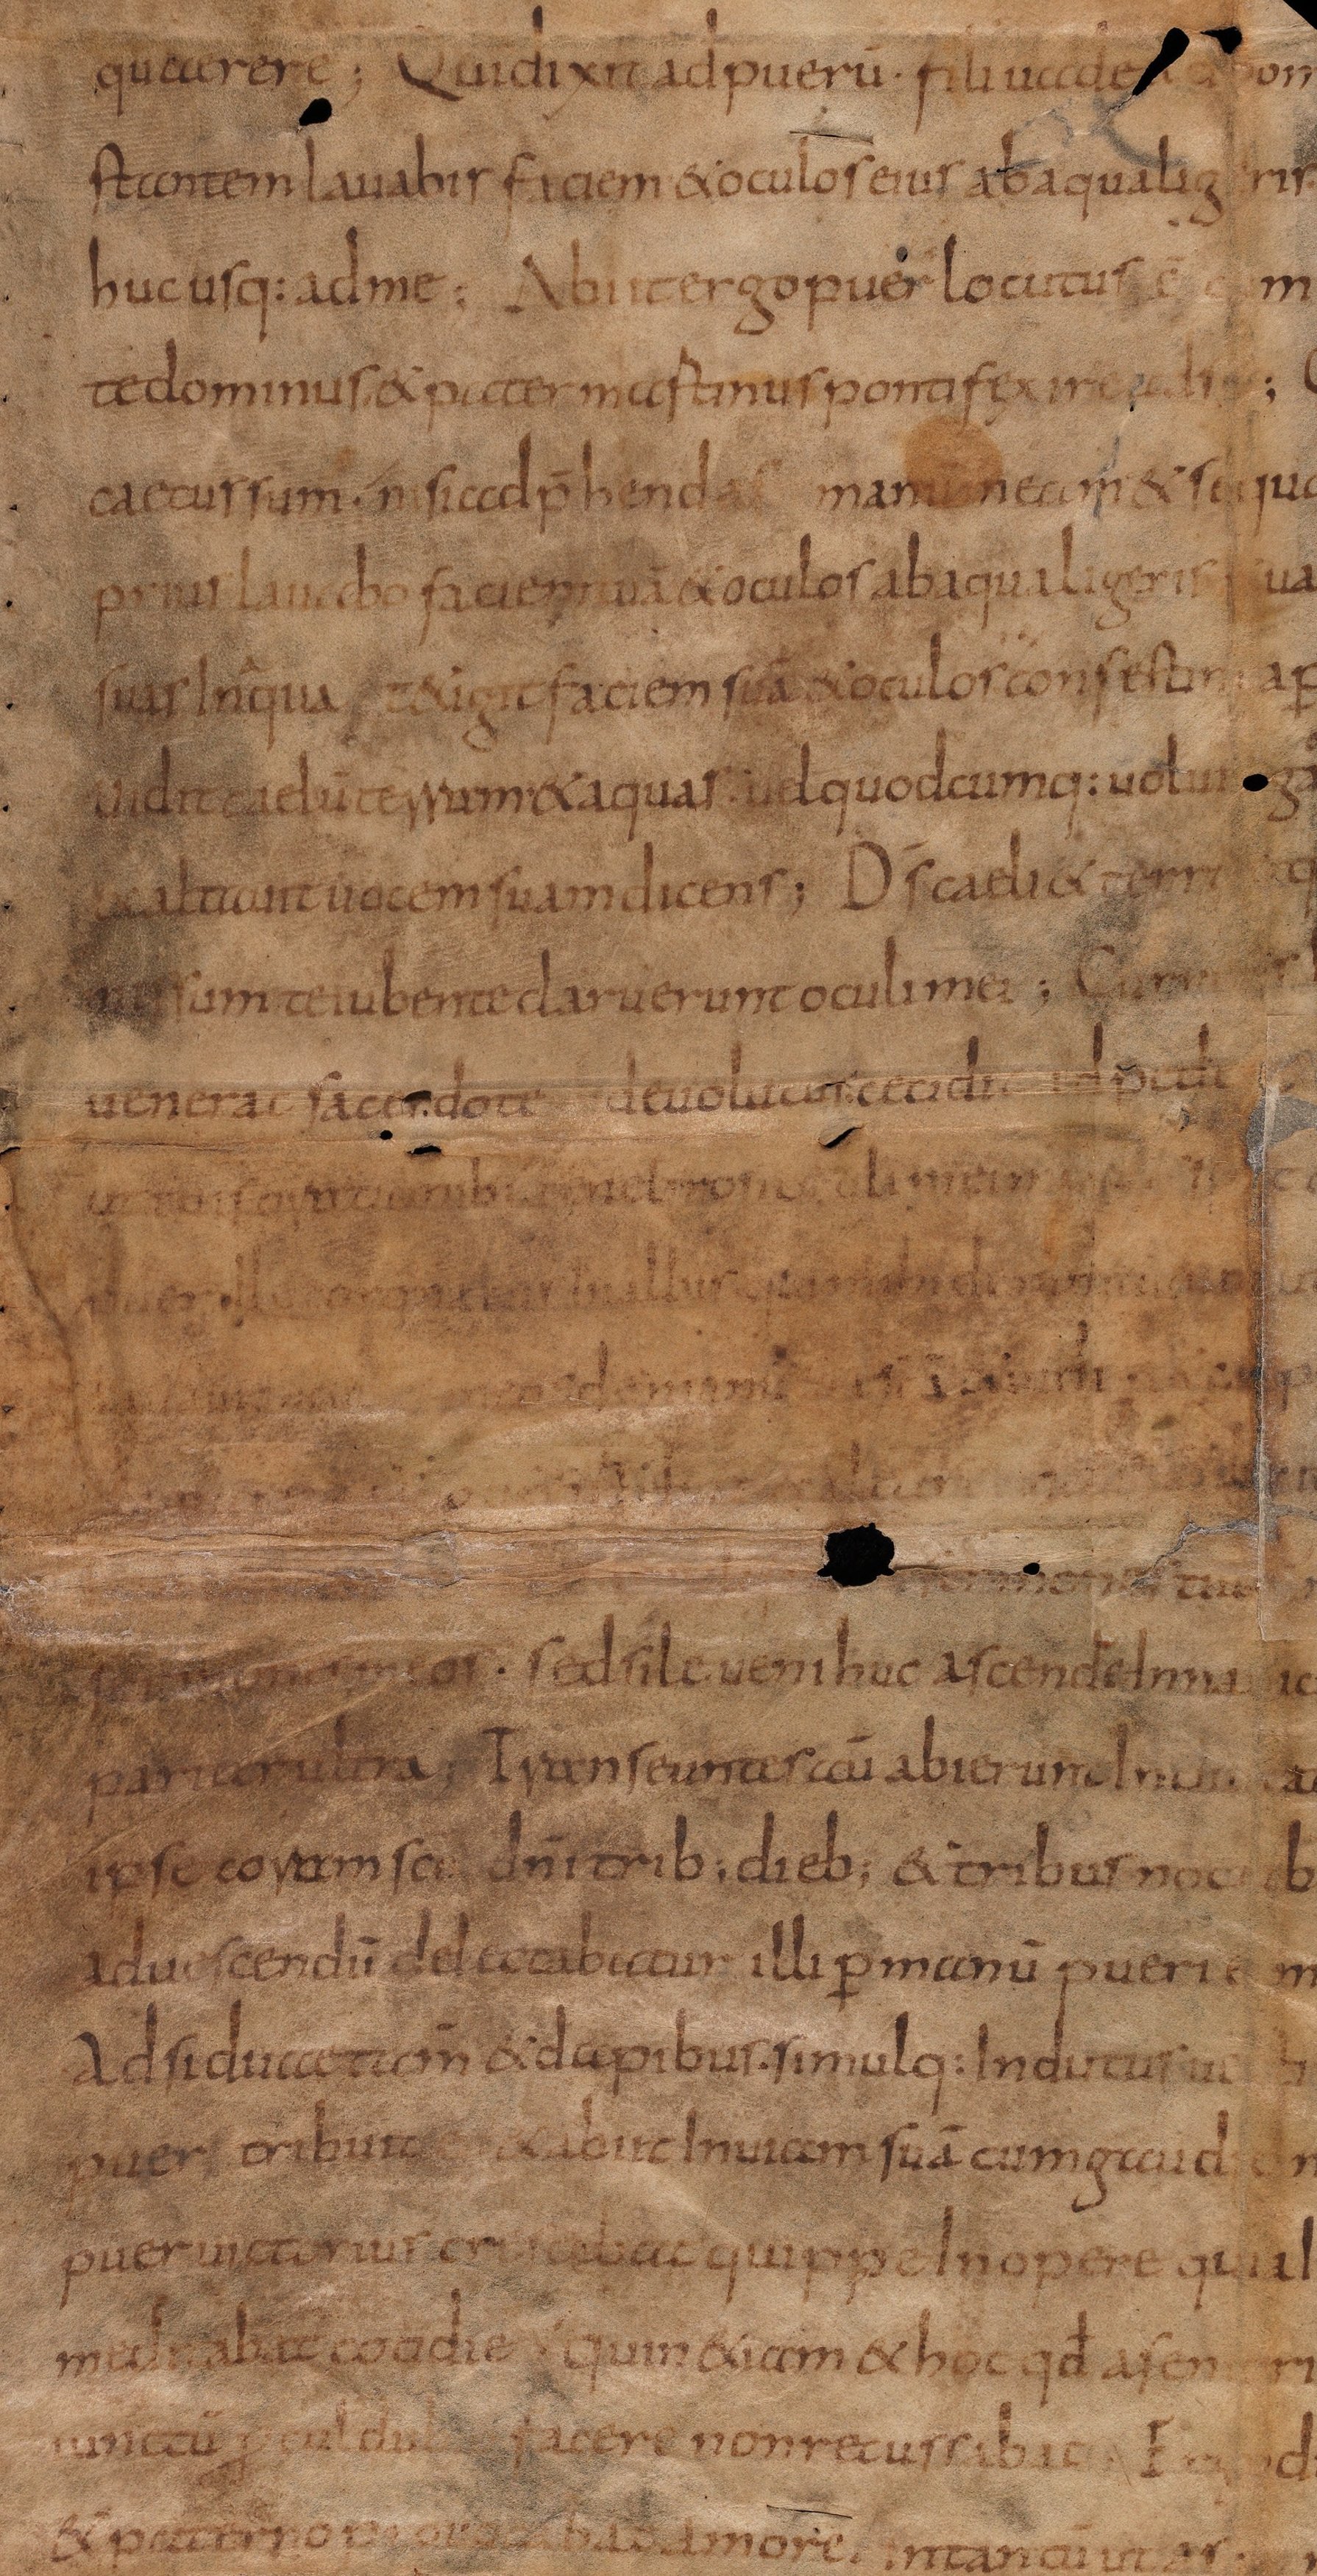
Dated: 834–865